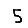
Digit: 5